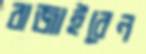
বাজাইবেন